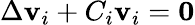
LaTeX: \Delta\mathbf{v}_{i}+C_{i}\mathbf{v}_{i}=\mathbf{0}